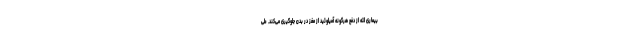
بیماری لثه از دفع هرگونه آمیلوئید از مغز در بدن جلوگیری می‌کند. طی